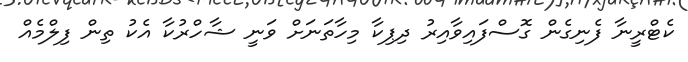
ކެޓްރީނާ ފެނިގެން ގޮސްފައިވާއިރު ދިޕިކާ މިހާތަނަށް ވަނީ ޝާހްރުކާ އެކު ތިން ފިލްމެއް